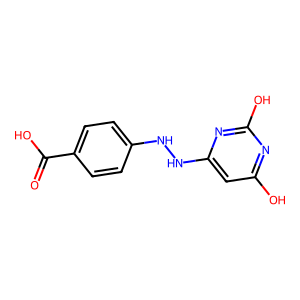
SMILES: O=C(O)c1ccc(NNc2cc(O)nc(O)n2)cc1
Inhibits HIV replication: No